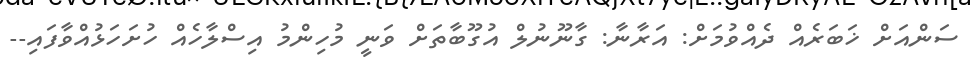
ސަންއަށް ޚަބަރެއް ދެއްވުމަށް: އަރާނާ: ގާނޫނުލް އުގޫބާތަށް ވަނީ މުހިންމު އިސްލާހެއް ހުށަހަޅުއްވާފައި--